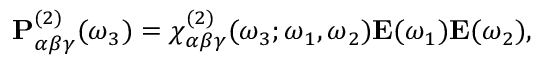
\begin{array} { r } { \mathbf { P } _ { \alpha \beta \gamma } ^ { ( 2 ) } ( \omega _ { 3 } ) = \chi _ { \alpha \beta \gamma } ^ { ( 2 ) } ( \omega _ { 3 } ; \omega _ { 1 } , \omega _ { 2 } ) \mathbf { E } ( \omega _ { 1 } ) \mathbf { E } ( \omega _ { 2 } ) , } \end{array}